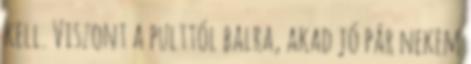
kell. Viszont a pulttól balra, akad jó pár nekem